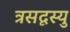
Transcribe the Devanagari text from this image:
त्रसदृस्यु